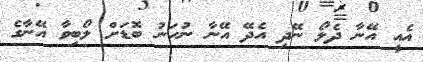
އެއީ އޭނާ ދެލޯ ނޭދި އެދޭ އޭނާ ނުހަނު ބޮޑަށް ލޯބިވާ އޭނާގެ